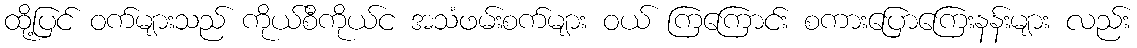
ထို့ပြင် ဝက်များသည် ကိုယ်စီကိုယ်င အသံဖမ်းစက်များ ဝယ် ကြကြောင်း စကားပြောကြေးနန်းများ လည်း